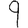
Digit: 9